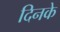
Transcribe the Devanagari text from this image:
दिनके